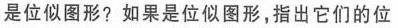
是位似图形? 如果是位似图形，指出它们的位